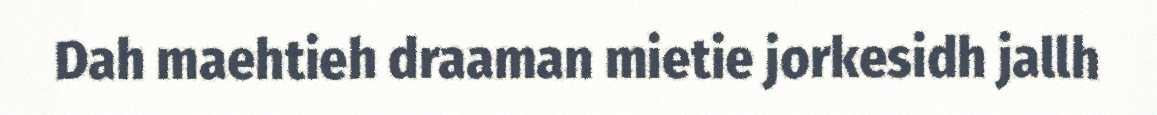
Dah maehtieh draaman mietie jorkesidh jallh